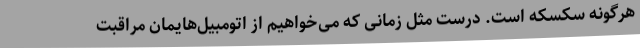
هرگونه سکسکه است. درست مثل زمانی که می‌خواهیم از اتومبیل‌هایمان مراقبت